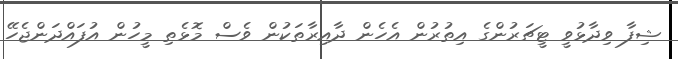
ޝިފާ ވިދާޅުވީ ޓީޗަރުންގެ އިތުރުން އެހެން ދާއިރާތަކުން ވެސް މޮޅެތި މީހުން އުފައްދަންޖެހޭ